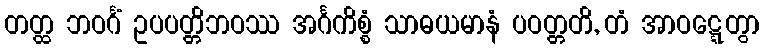
တတ္ထ ဘဝင်္ဂံ ဥပပတ္တိဘဝဿ အင်္ဂကိစ္စံ သာဓယမာနံ ပဝတ္တတိ, တံ အာဝဋ္ဋေတွာ